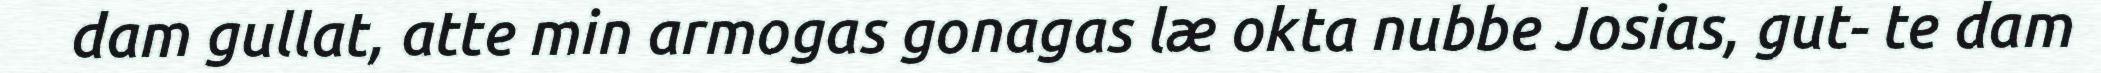
dam gullat, atte min armogas gonagas læ okta nubbe Josias, gut- te dam